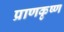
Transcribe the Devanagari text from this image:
प्राणकृष्ण